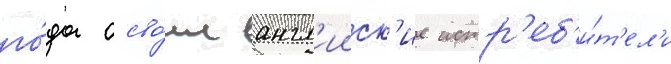
го́да осво́ил англ'ииск'ие истр'еб'и́т'ел'и